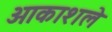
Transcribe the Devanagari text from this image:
आकाशले